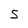
Character: 5